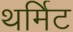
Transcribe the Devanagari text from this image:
थर्मिट